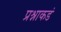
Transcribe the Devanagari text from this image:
प्रश्नाकडं